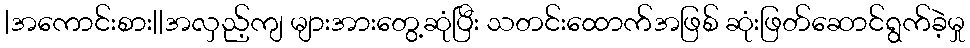
|အကောင်းစား||အလှည့်ကျ များအားတွေ့ဆုံပြီး သတင်းထောက်အဖြစ် ဆုံးဖြတ်ဆောင်ရွက်ခဲ့မှု